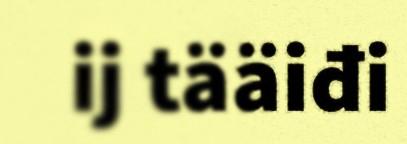
ij tääiđi